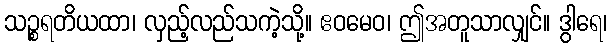
သဉ္စရတိယထာ၊ လှည့်လည်သကဲ့သို့။ ဧဝမေဝ၊ ဤအတူသာလျှင်။ ဒွါရေ၊